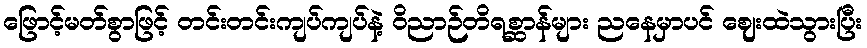
ဖြောင့်မတ်စွာဖြင့် တင်းတင်းကျပ်ကျပ်နဲ့ ဝိညာဉ်တိရစ္ဆာန်များ ညနေမှာပင် ဈေးထဲသွားပြီး